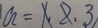
a = 1 , 2 , 3